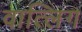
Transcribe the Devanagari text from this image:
वात्लिग